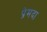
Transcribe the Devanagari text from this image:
प्रेमदा